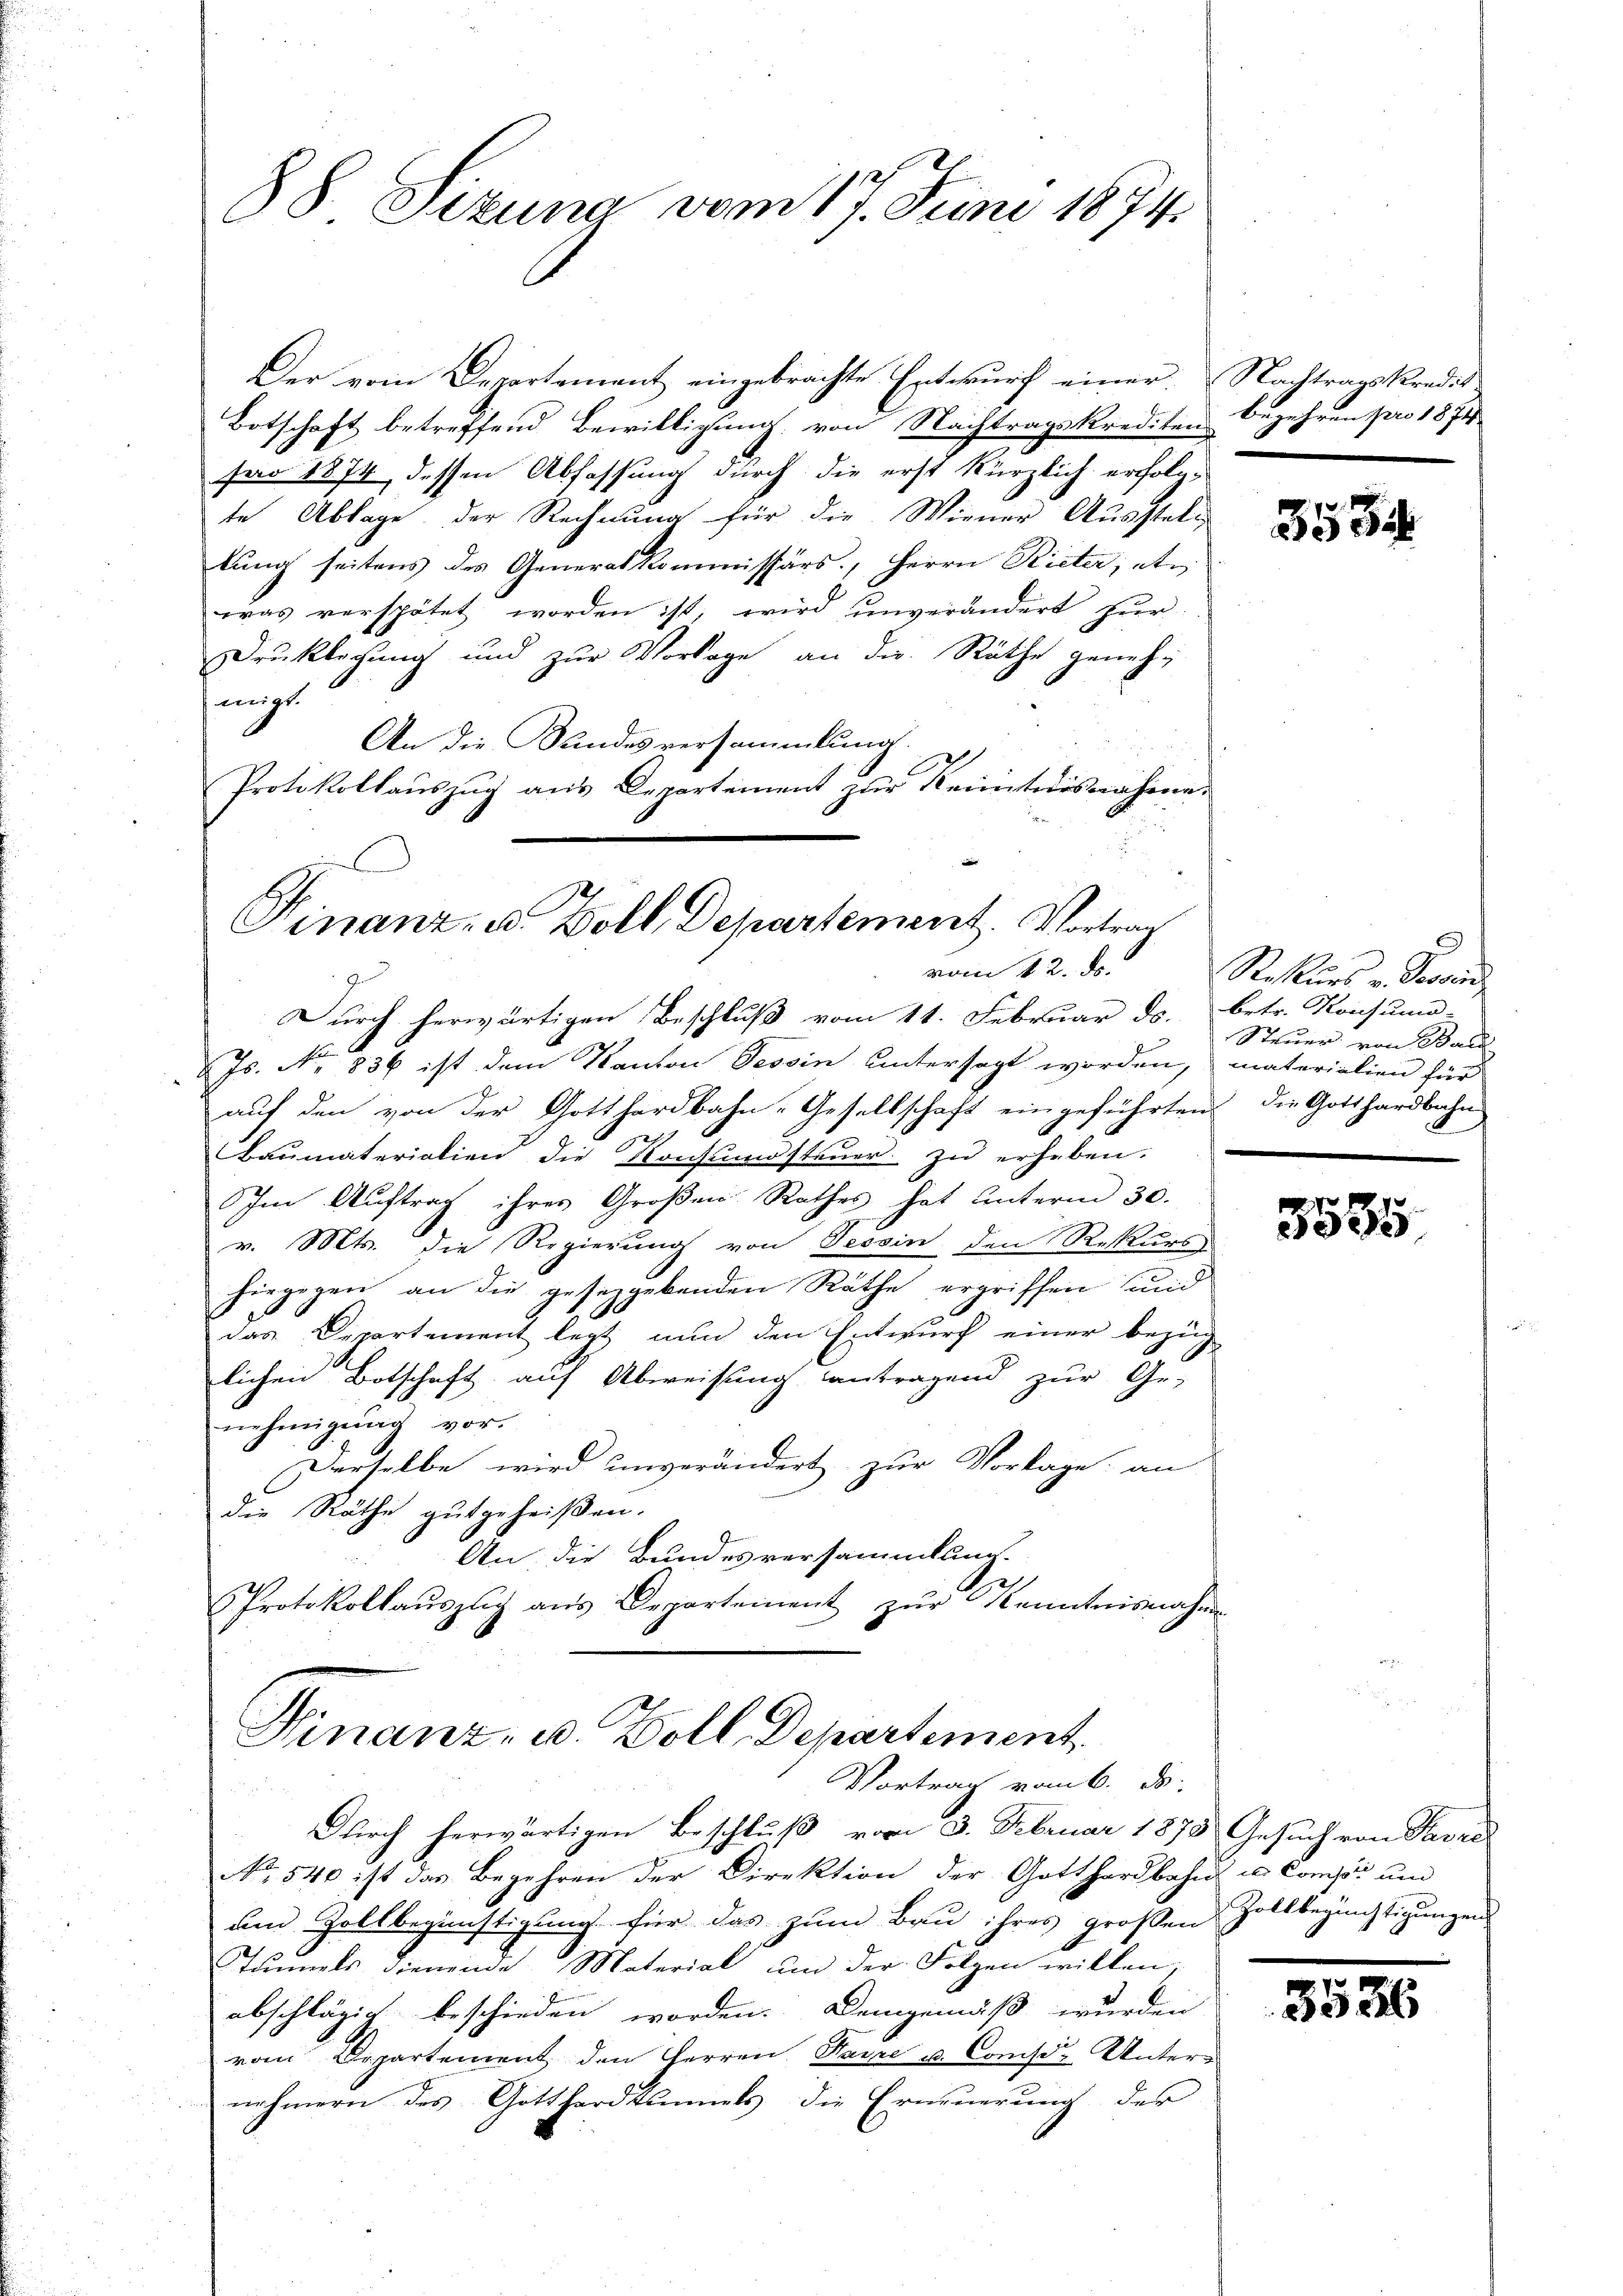
88. Sizung vom 17. Juni 1874.

Der vom Departement eingebrachte Entwurf einer. Nachtragskredis
Botschaft betreffend Bewilligung von Nachtragskrediten Begehren pro 1874
far 1874 dessen Abfassung durch die erst kürzlich erfolgte Ablage der Rechnung für die Wiener Ausstell
lung seitens des Generalkommissärs, Herrn Rieter, etwas verspätet worden ist, wird unverändert zŭr
Drucklegung und zur Vorlage an der Räthe genehmigt.
An die Bandesversammlung.
Protokollauszug aus Departement zur Kenntnisnahme.

Finanz- B. Zoll, Departement. Vortrag
vom 12. ds.

Hinanz- u. Zoll, Departement,
Vortrag vom 6. ds.

Durch herwärtigen Beschluß vom 11. Februar ds. betr. Konsumo-
Js. No. 836 ist dem Kanton Tessin untersagt worden, materialien für
auf den von der Gotthardbahn-Gesellschaft eingeführtens die Gotthardbahn
Baŭmateriation die Konsŭŭndsteŭer zŭ erheben.
Im Auftrag ihres Großen Rathes hat unterm 30.
.
v. Mts. die Regierung von Tessin den Rekurse
hingegen an die gesezgebenden Räthe ergriffen und
das Departement legt nun den Entwurf einer bezüg
lichen Botschaft auf Abweisung antragend zur Ge-
nehmigung vor.
Derselbe wird unverändert zur Vorlage an
die Räthe gutgeheißen.
An die Bundesversammlung.
Ver
PProtokollauszug aus Departement zur Kenntnisnahme

Durch herwärtigen Beschluß vom 3. Februar 1878 Gesuch von Savre
No 540 ist das Begehren der Direktion der Gotthardbahn u. Compor um
um Zollbegünstigung für das zum Bau ihres großen Zollbegünstigungen
Tunnels dienende Material um der Folgen willen;
abschlägig beschieden worden. Demgemäß wurden
vom Departement den Herren Parze u. Conses Untern
nehmern des Gotthardtunnels die Erneuerung des

7x
ee ab

Rekŭrs v. Frau
Steuer von Ball

17 f 4 x
ede

3536